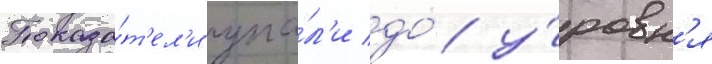
Показа́т'ел'и упа́л'и до́ у́ровн'я